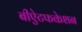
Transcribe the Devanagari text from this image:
बीऐटफकेशन